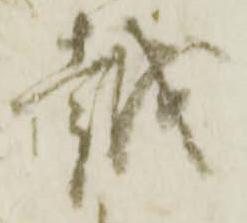
越